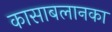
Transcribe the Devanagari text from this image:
कासाबलानका